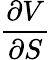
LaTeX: \frac{\partial V}{\partial S}